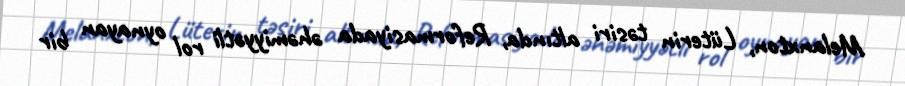
Melanxton, Lüterin təsiri altında, Reformasiyada əhəmiyyətli rol oynayan bir